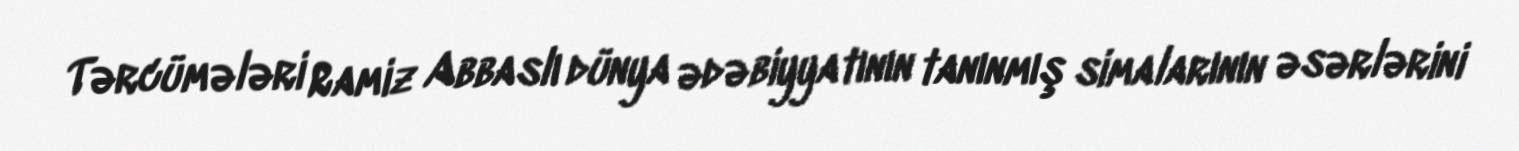
Tərcümələri Ramiz Abbaslı dünya ədəbiyyatının tanınmış simalarının əsərlərini